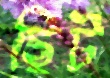
ছিট